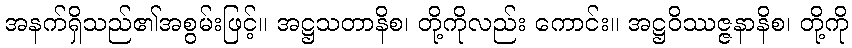
အနက်ရှိသည်၏အစွမ်းဖြင့်။ အဋ္ဌသတာနိစ၊ တို့ကိုလည်း ကောင်း။ အဋ္ဌဝိဿဇ္ဇနာနိစ၊ တို့ကို